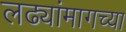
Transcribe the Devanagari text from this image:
लढ्यांमागच्या